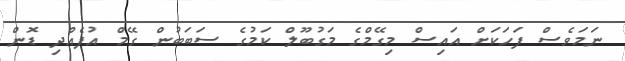
ނަމަވެސް ފަހަކަށް އައިސް މިގޭމްގެ މަގުބޫލް ކަމުގެ ސަބަބުން ގޭމް އުފެއްދި ޑޮން